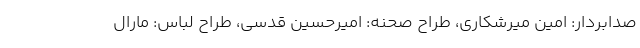
صدابردار: امین میرشکاری، طراح صحنه: امیرحسین قدسی، طراح لباس: مارال